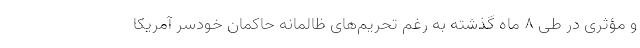
و مؤثری در طی ۸ ماه گذشته به رغم تحریم‌های ظالمانه حاکمان خودسر آمریکا